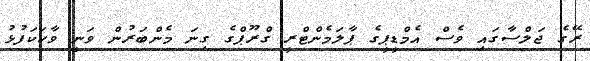
ރޭގެ ޖަލްސާގައި ވެސް އެމްޑީޕީގެ ޕާލަމެންޓްރީ ގްރޫޕްގެ ގިނަ މެންބަރުން ވަނީ ވާހަކަފުޅު